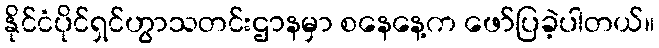
နိုင်ငံပိုင်ရှင်ဟွာသတင်းဌာနမှာ စနေနေ့က ဖော်ပြခဲ့ပါတယ်။